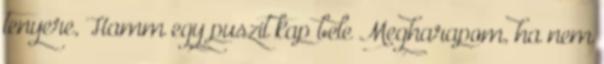
tenyere, Hamm egy puszit kap bele Megharapom, ha nem